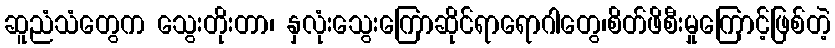
ဆူညံသံတွေက သွေးတိုးတာ၊ နှလုံးသွေးကြောဆိုင်ရာရောဂါတွေ၊စိတ်ဖိစီးမှုကြောင့်ဖြစ်တဲ့